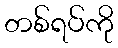
တစ်ရပ်ကို